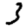
Digit: 3